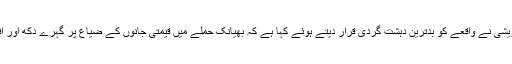
وزیر خارجہ شاہ محمود قریشی نے واقعے کو بدترین دہشت گردی قرار دیتے ہوئے کہا ہے کہ بھیانک حملے میں قیمتی جانوں کے ضیاع پر گہرے دکھ اور افسوس کا اظہار کرتے ہیں۔